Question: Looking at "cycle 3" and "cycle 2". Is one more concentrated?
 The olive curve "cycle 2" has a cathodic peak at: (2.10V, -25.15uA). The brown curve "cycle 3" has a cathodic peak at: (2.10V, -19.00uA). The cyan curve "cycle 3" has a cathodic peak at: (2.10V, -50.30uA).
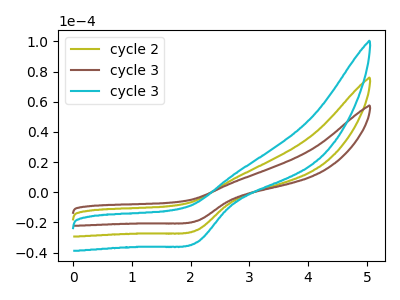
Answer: <think>All the peaks in "cycle 3" have a peak in "cycle 2" at the same potential. Every peak in "cycle 3" is lower than every peak in "cycle 2".
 </think>
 <answer>"cycle 3" has less signal than "cycle 2" and so likely has a lower concentration.</answer>
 <eval>less_concentration</eval>